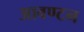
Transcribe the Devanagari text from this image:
आवण्टन